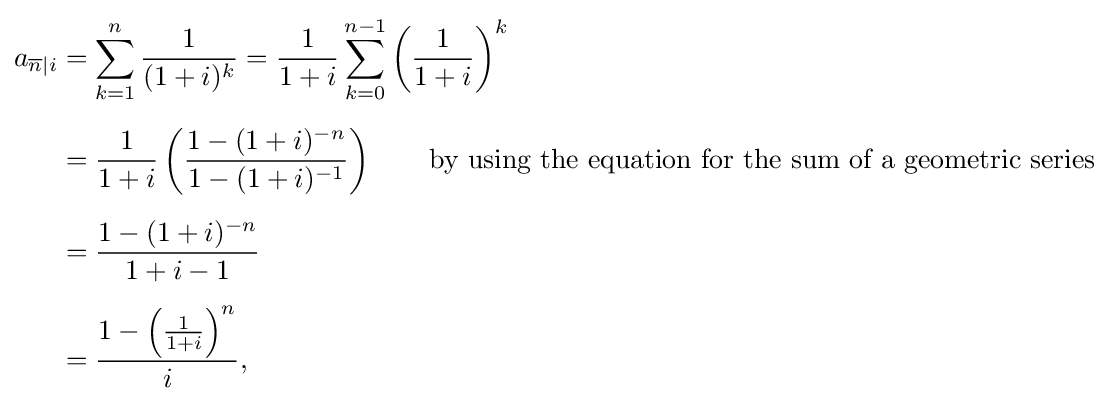
{\begin{aligned}a_{{\overline {n}}|i}&=\sum _{k=1}^{n}{\frac {1}{(1+i)^{k}}}={\frac {1}{1+i}}\sum _{k=0}^{n-1}\left({\frac {1}{1+i}}\right)^{k}\\[5pt]&={\frac {1}{1+i}}\left({\frac {1-(1+i)^{-n}}{1-(1+i)^{-1}}}\right)\quad \quad {\text{by using the equation for the sum of a geometric series}}\\[5pt]&={\frac {1-(1+i)^{-n}}{1+i-1}}\\[5pt]&={\frac {1-\left({\frac {1}{1+i}}\right)^{n}}{i}},\end{aligned}}